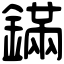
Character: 鏋